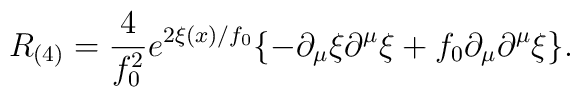
R_{(4)}=\frac{4}{f_{0}^{2}}e^{2\xi (x)/f_{0}}\{-\partial _{\mu }\xi \partial ^{\mu }\xi +f_{0}\partial _{\mu }\partial ^{\mu }\xi \}.